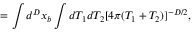
= \int d ^ { D } x _ { b } \int d T _ { 1 } d T _ { 2 } [ 4 \pi ( T _ { 1 } + T _ { 2 } ) ] ^ { - D / 2 } ,